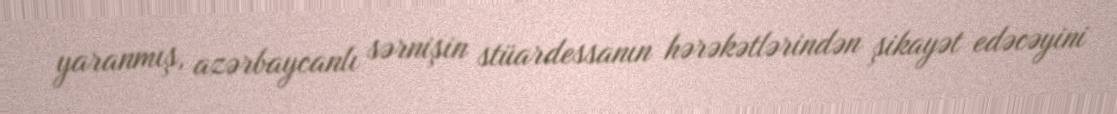
yaranmış, azərbaycanlı sərnişin stüardessanın hərəkətlərindən şikayət edəcəyini